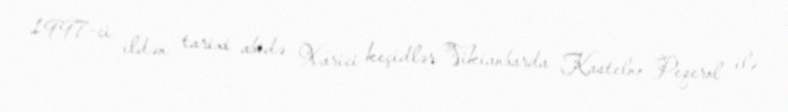
1997-ci ildən tarixi abidə Xarici keçidlər Vikianbarda Kastelno-Peqerol ilə